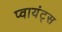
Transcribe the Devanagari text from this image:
प्वायंट्स